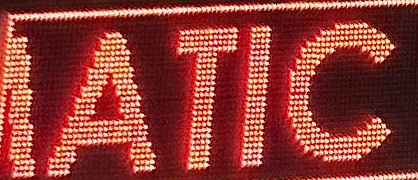
IATIC